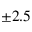
\pm 2 . 5